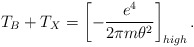
\begin{align*}T_B+T_X= \left [- \frac{e^4}{2 \pi m\theta^2}\right ]_{high}. \end{align*}